Leaving Certificate Examination (including Day School Certificate (Higher) General paper), 1939
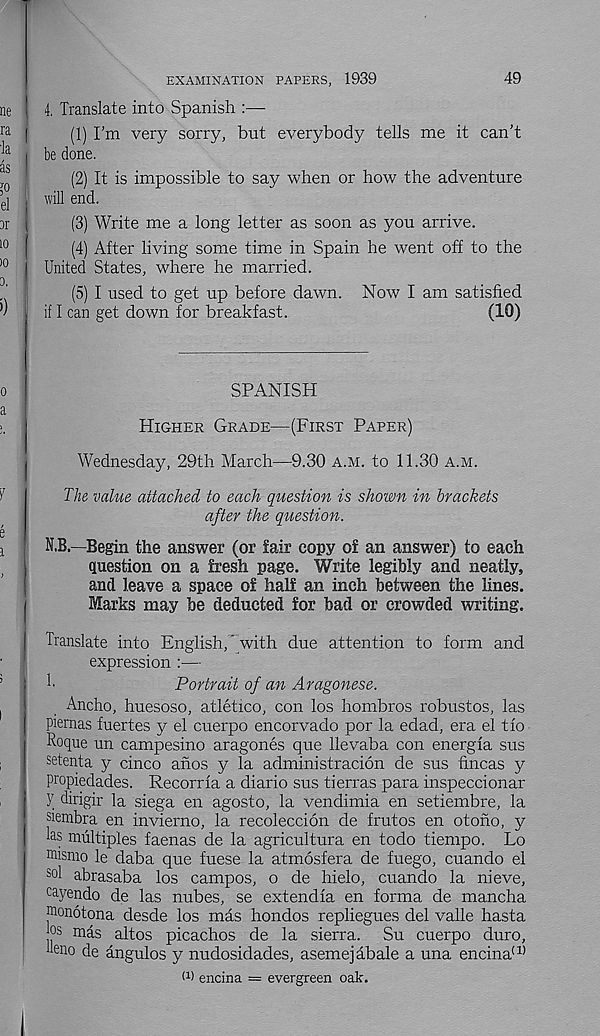
EXAMINATION PAPERS, 1939
49
4. Translate into Spanish :—
(1) I’m very sorry, but everybody tells me it can’t
be done.
(2) It is impossible to say when or how the adventure
will end.
(3) Write me a long letter as soon as you arrive.
(4) After living some time in Spain he went off to the
United States, where he married.
(5) I used to get up before dawn. Now I am satisfied
if I can get down for breakfast.
(10)
SPANISH
Higher Grade—(First Paper)
Wednesday, 29th March—9.30 a.m. to 11.30 a.m.
The value attached to each question is shown in brackets
after the question.
N.B.—Begin the answer (or fair copy of an answer) to each
question on a fresh page. Write legibly and neatly,
and leave a space of half an inch between the lines.
Marks may be deducted for bad or crowded writing.
Translate into English,' with due attention to form and
expression :—
1
Portrait of an Aragonese.
Ancho, huesoso, atletico, con los hombros robustos, las
piernas fuertes y el cuerpo encorvado por la edad, era el tfo
Roque un campesino aragones que llevaba con energfa sus
setenta y cinco anos y la administracion de sus fincas y
propiedades. Recorrfa a diario sus tierras para inspeccionar
y dirigir la siega en agosto, la vendimia en setiembre, la
siembra en invierno, la recoleccion de frutos en otoho, y
hs multiples faenas de la agricultura en todo tiempo. Lo
mismo le daba que fuese la atmosfera de fuego, cuando el
sol abrasaba los campos, o de hielo, cuando la nieve,
ca yendo de las nubes, se extendia en forma de mancha
monotona desde los mas hondos repliegues del valle hasta
°s rods altos picachos de la sierra. Su cuerpo duro,
116110 de angulos y nudosidades, asemejabale a una encina (1)
n) encina = evergreen oak.